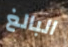
البالغ